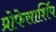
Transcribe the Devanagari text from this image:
प्रोफेसार्शिप